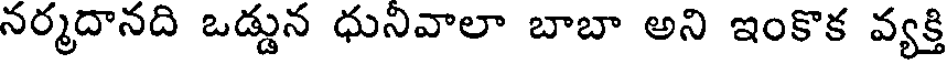
నర్మదానది ఒడ్డున ధునివాలా బాబా అని ఇంకొక వ్యక్తి